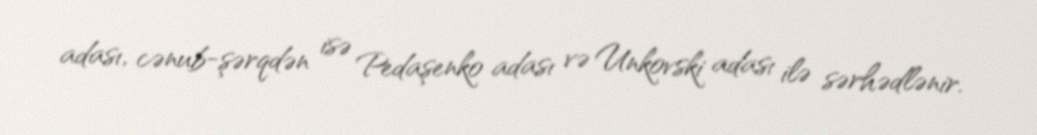
adası, cənub-şərqdən isə Pedaşenko adası və Unkovski adası ilə sərhədlənir.